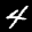
Label: 4